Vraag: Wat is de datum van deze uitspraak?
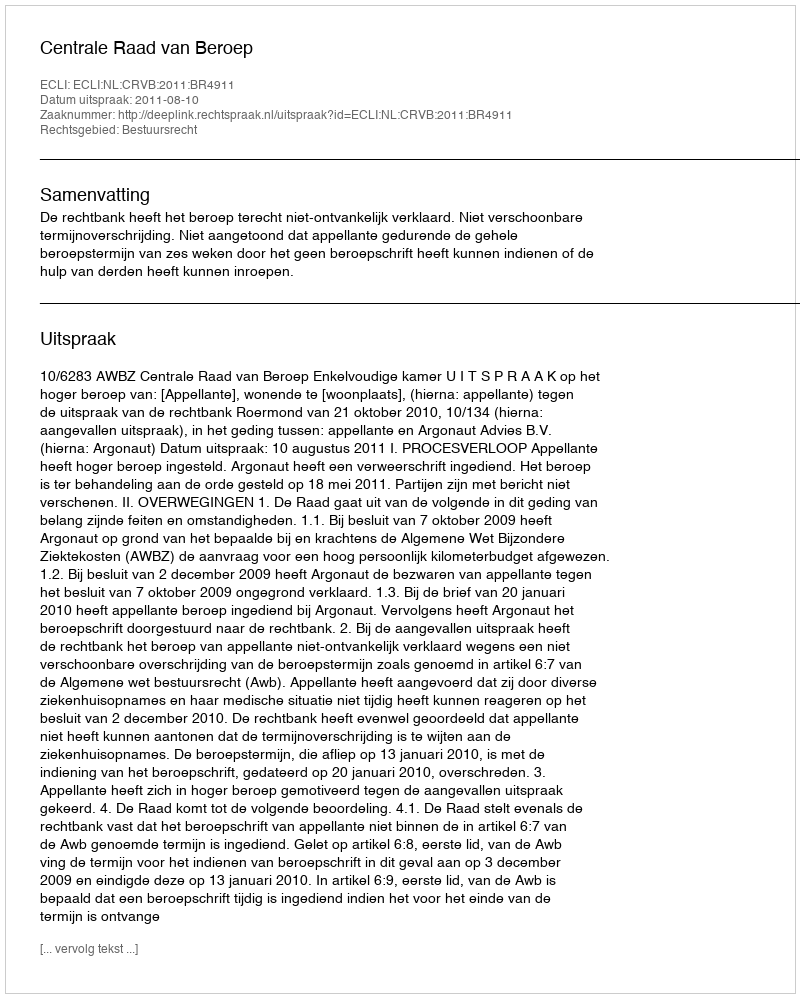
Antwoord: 2011-08-10